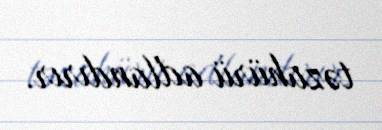
təzahürü adlandırır.